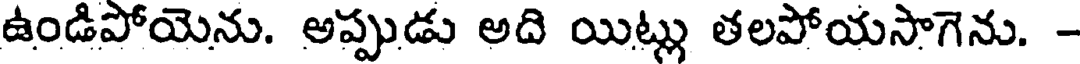
ఉండిపోయెను. అప్పుడు అది యిట్లు తలపోయసాగెను. -